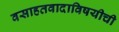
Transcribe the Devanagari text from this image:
वसाहतवादाविषयीची